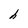
Character: h